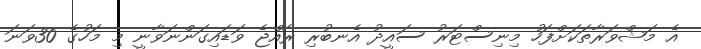
އެ މަޝްވަރާތަކަށްފަހު މިނިސްޓަރު ސައީދު އެނބުރި ރާއްޖެ ވަޑައިގަންނަވާނީ މި މަހުގެ 30ވަނަ